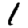
Digit: 1